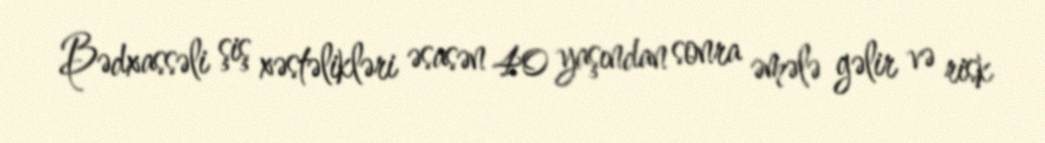
Bədxassəli şiş xəstəlikləri əsasən 40 yaşından sonra əmələ gəlir və risk